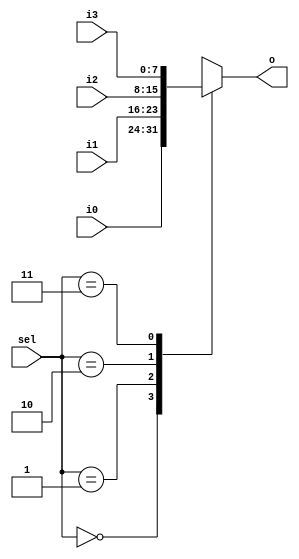
`timescale 1ns / 1ps
//////////////////////////////////////////////////////////////////////////////////
// Company: None
// 
// Design Name: 
// Module Name: Mux4
// Project Name: 
// Target Devices: 
// Tool Versions: 
// Description: 
// 
// Dependenrgb24es: 
// 
// Revision:
// Revision 0.01 - File Created
// Additional Comments:
// 
//////////////////////////////////////////////////////////////////////////////////


module Mux4(sel, i0, i1, i2, i3, o);

	parameter data_width = 8;

	input[1 : 0] sel;
	input[data_width - 1 : 0] i0;
	input[data_width - 1 : 0] i1;
	input[data_width - 1 : 0] i2;
	input[data_width - 1 : 0] i3;
	output[data_width - 1 : 0] o;
	
	reg[data_width - 1 : 0] reg_o;

	always @(*) begin
		case (sel)
			0 : reg_o <= i0;
			1 : reg_o <= i1;
			2 : reg_o <= i2;
			3 : reg_o <= i3;
			default : /* default */;
		endcase
	end

	assign o = reg_o;

endmodule